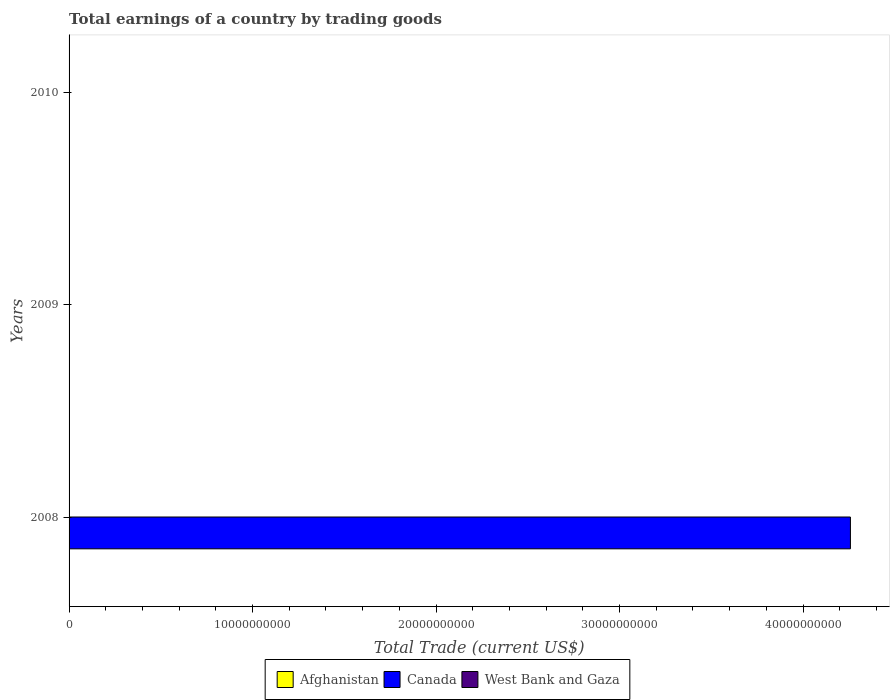
| Years | Afghanistan | Canada | West Bank and Gaza |
 | --- | --- | --- | --- |
 | 2008 | -2.48e+09 | 4.26e+10 | -3.24e+09 |
 | 2009 | -3.06e+09 | -6.16e+09 | -3.51e+09 |
 | 2010 | -4.95e+09 | -9.37e+09 | -3.65e+09 |